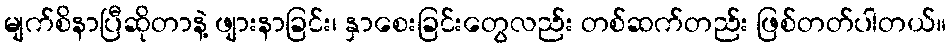
မျက်စိနာပြီဆိုတာနဲ့ ဖျားနာခြင်း၊ နှာစေးခြင်းတွေလည်း တစ်ဆက်တည်း ဖြစ်တတ်ပါတယ်။